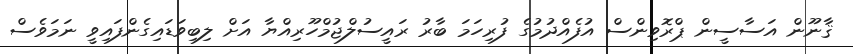
ޤާނޫން އަސާސީން ޕްރޮވިންސް އުފެއްދުމުގެ ފުރިހަމަ ބާރު ރައީސުލްޖުމްހޫރިއްޔާ އަށް ލިބިވަޑައިގެންފައިވީ ނަމަވެސް